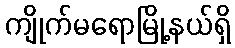
ကျိုက်မရောမြို့နယ်ရှိ